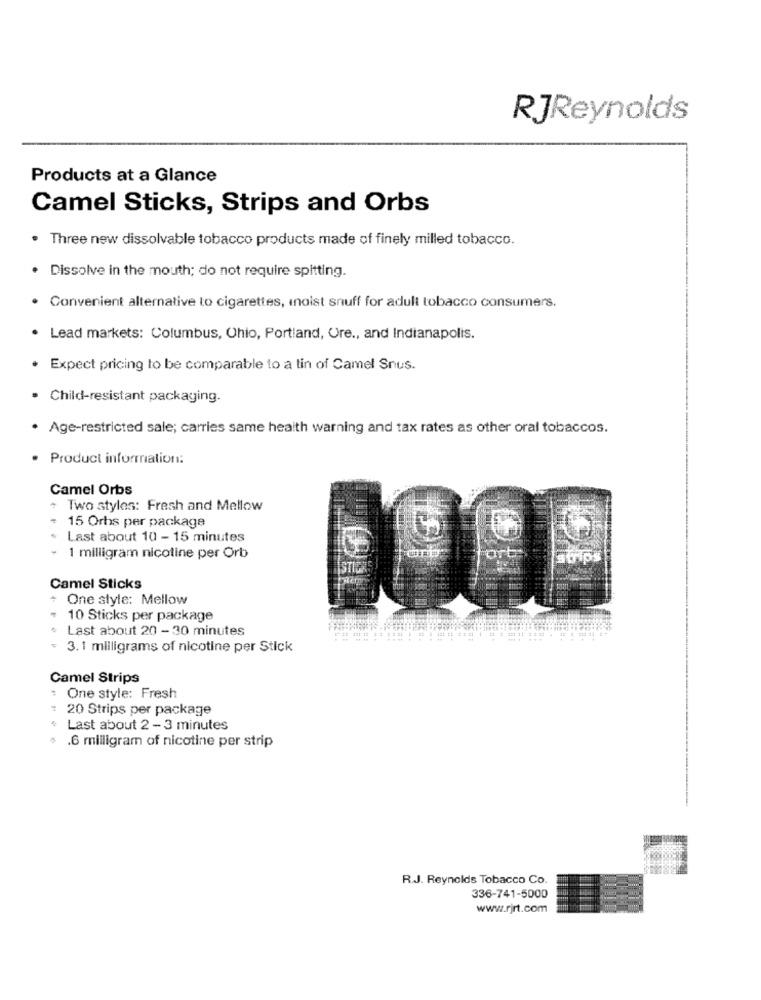
RJReynolds
Products at a Glance
Camel Sticks, Strips and Orbs
Three new dissolvable tobacco products made of finely milled tobacco.
Dissolve in the mouth; do not require spitting.
Convenient alternative to cigarettes, moist snuff for adult tobacco consumers.
Lead markets: Columbus, Ohio, Portland, Ore ., and Indianapolis.
Expect pricing to be comparable to a tin of Camel Snus.
Child-resistant packaging.
Age-restricted sale; carries same health warning and tax rates as other oral tobaccos.
· Product information:
Camel Orbs
Two styles: Fresh and Mellow
15 Orhs per package
Last about 10 - 15 minutes
ort
1 milligram nicoline per Orb
Camel Sticks
One style: Mellow
10 Sticks per package
Last about 20 - 30 minutes
3.1 milligrams of nicotine per Stick
Camel Strips
: One style: Fresh
: 20 Strips per package
Last about 2 - 3 minutes
.6 milligram of nicotine per strip
R.J. Reynolds Tobacco Co.
336-741-5000
www.rjrt.com